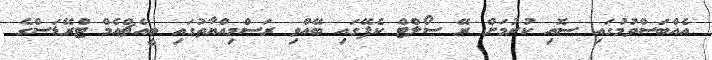
އެއްބަސްވުމުގައި ސޮއި ކުރުމަށް ރޭ ސޯލްޓް ކެފޭގައި ބޭއްވި ރަސްމިއްޔާތުގައި ބީއެޗްއެމް ޓްރޭޑަސްގެ